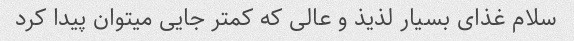
سلام غذای بسیار لذیذ و عالی که کمتر جایی میتوان پیدا کرد